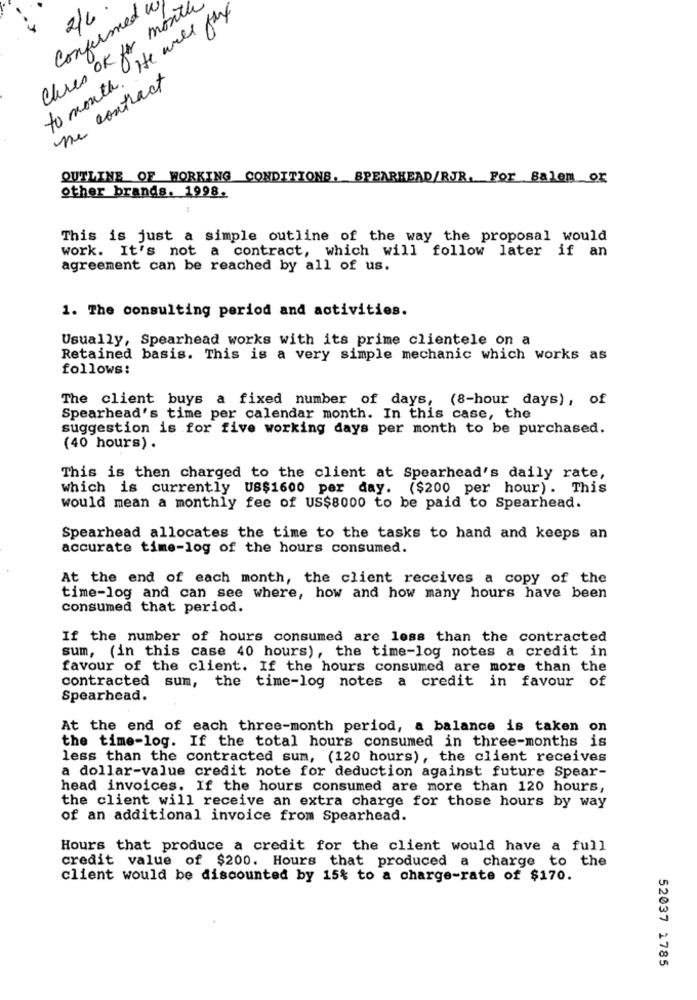
Chies OK for month
to month. He will pay
Confirmed w
2/4
the contract
OUTLINE OF WORKING CONDITIONS. SPEARHEAD/RJR. For Balem or
other brands. 1998.
This is just a simple outline of the way the proposal would
work. It's not a contract, which will follow later if an
agreement can be reached by all of us.
1. The consulting period and activities.
Usually, Spearhead works with its prime clientele on a
Retained basis. This is a very simple mechanic which works as
follows:
The client buys a fixed number of days, (8-hour days), of
Spearhead's time per calendar month. In this case, the
suggestion is for five working days per month to be purchased.
(40 hours) .
This is then charged to the client at Spearhead's daily rate,
which is currently US$1600 per day. ($200 per hour). This
would mean a monthly fee of US$8000 to be paid to Spearhead.
Spearhead allocates the time to the tasks to hand and keeps an
accurate time-log of the hours consumed.
At the end of each month, the client receives a copy of the
time-log and can see where, how and how many hours have been
consumed that period.
If the number of hours consumed are less than the contracted
sum, (in this case 40 hours), the time-log notes a credit in
favour of the client. If the hours consumed are more than the
contracted sum, the time-log notes a credit in favour of
Spearhead.
At the end of each three-month period, a balance is taken on
the time-log. If the total hours consumed in three-months is
less than the contracted sum, (120 hours), the client receives
a dollar-value credit note for deduction against future Spear-
head invoices. If the hours consumed are more than 120 hours,
the client will receive an extra charge for those hours by way
of an additional invoice from Spearhead.
Hours that produce a credit for the client would have a full
credit value of $200. Hours that produced a charge to the
client would be discounted by 15% to a charge-rate of $170.
52037 1785